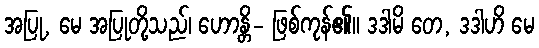
အပြု, မေ အပြုတို့သည်၊ ဟောန္တိ- ဖြစ်ကုန်၏။ ဒဒါမိ တေ, ဒဒါဟိ မေ